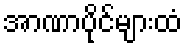
အာဏာပိုင်များထံ